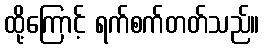
ထို့ကြောင့် ရက်စက်တတ်သည်။